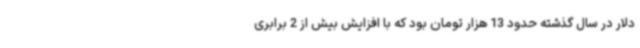
دلار در سال گذشته حدود 13 هزار تومان بود که با افزایش بیش از 2 برابری